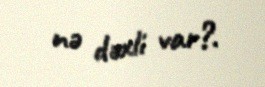
nə dəxli var?.